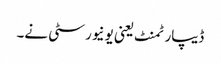
ڈیپارٹمنٹ یعنی یونیورسٹی نے۔